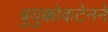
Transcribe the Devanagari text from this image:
बुयुक्कोकटेनने